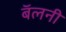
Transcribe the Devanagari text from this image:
बॅलनी